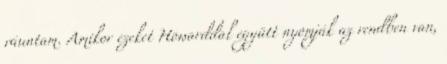
ráuntam. Amikor ezeket Howarddal együtt nyomják az rendben van,